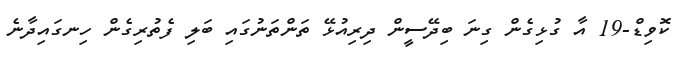
ކޮވިޑް-19 އާ ގުޅިގެން ގިނަ ބިދޭސީން ދިރިއުޅޭ ތަންތަނުގައި ބަލި ފެތުރިގެން ހިނގައިދާނެ